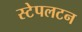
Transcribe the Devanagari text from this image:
स्टेपलटन